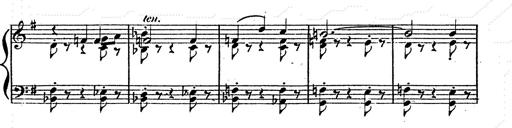
Title: Franz Schuberts geistliche Lieder
Composer: Franz Liszt